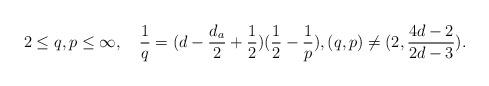
LaTeX: \begin{align*}2\leq q,p\leq \infty,\quad\frac{1}{q}=({d-\frac{d_a}{2}+\frac{1}{2}})(\frac{1}{2}-\frac{1}{p}), (q,p)\neq (2, \frac{4d-2}{2d-3}).\end{align*}